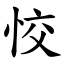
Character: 恔